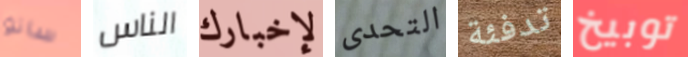
ساتو الناس لإخبارك التحدى تدفئة توبيخ